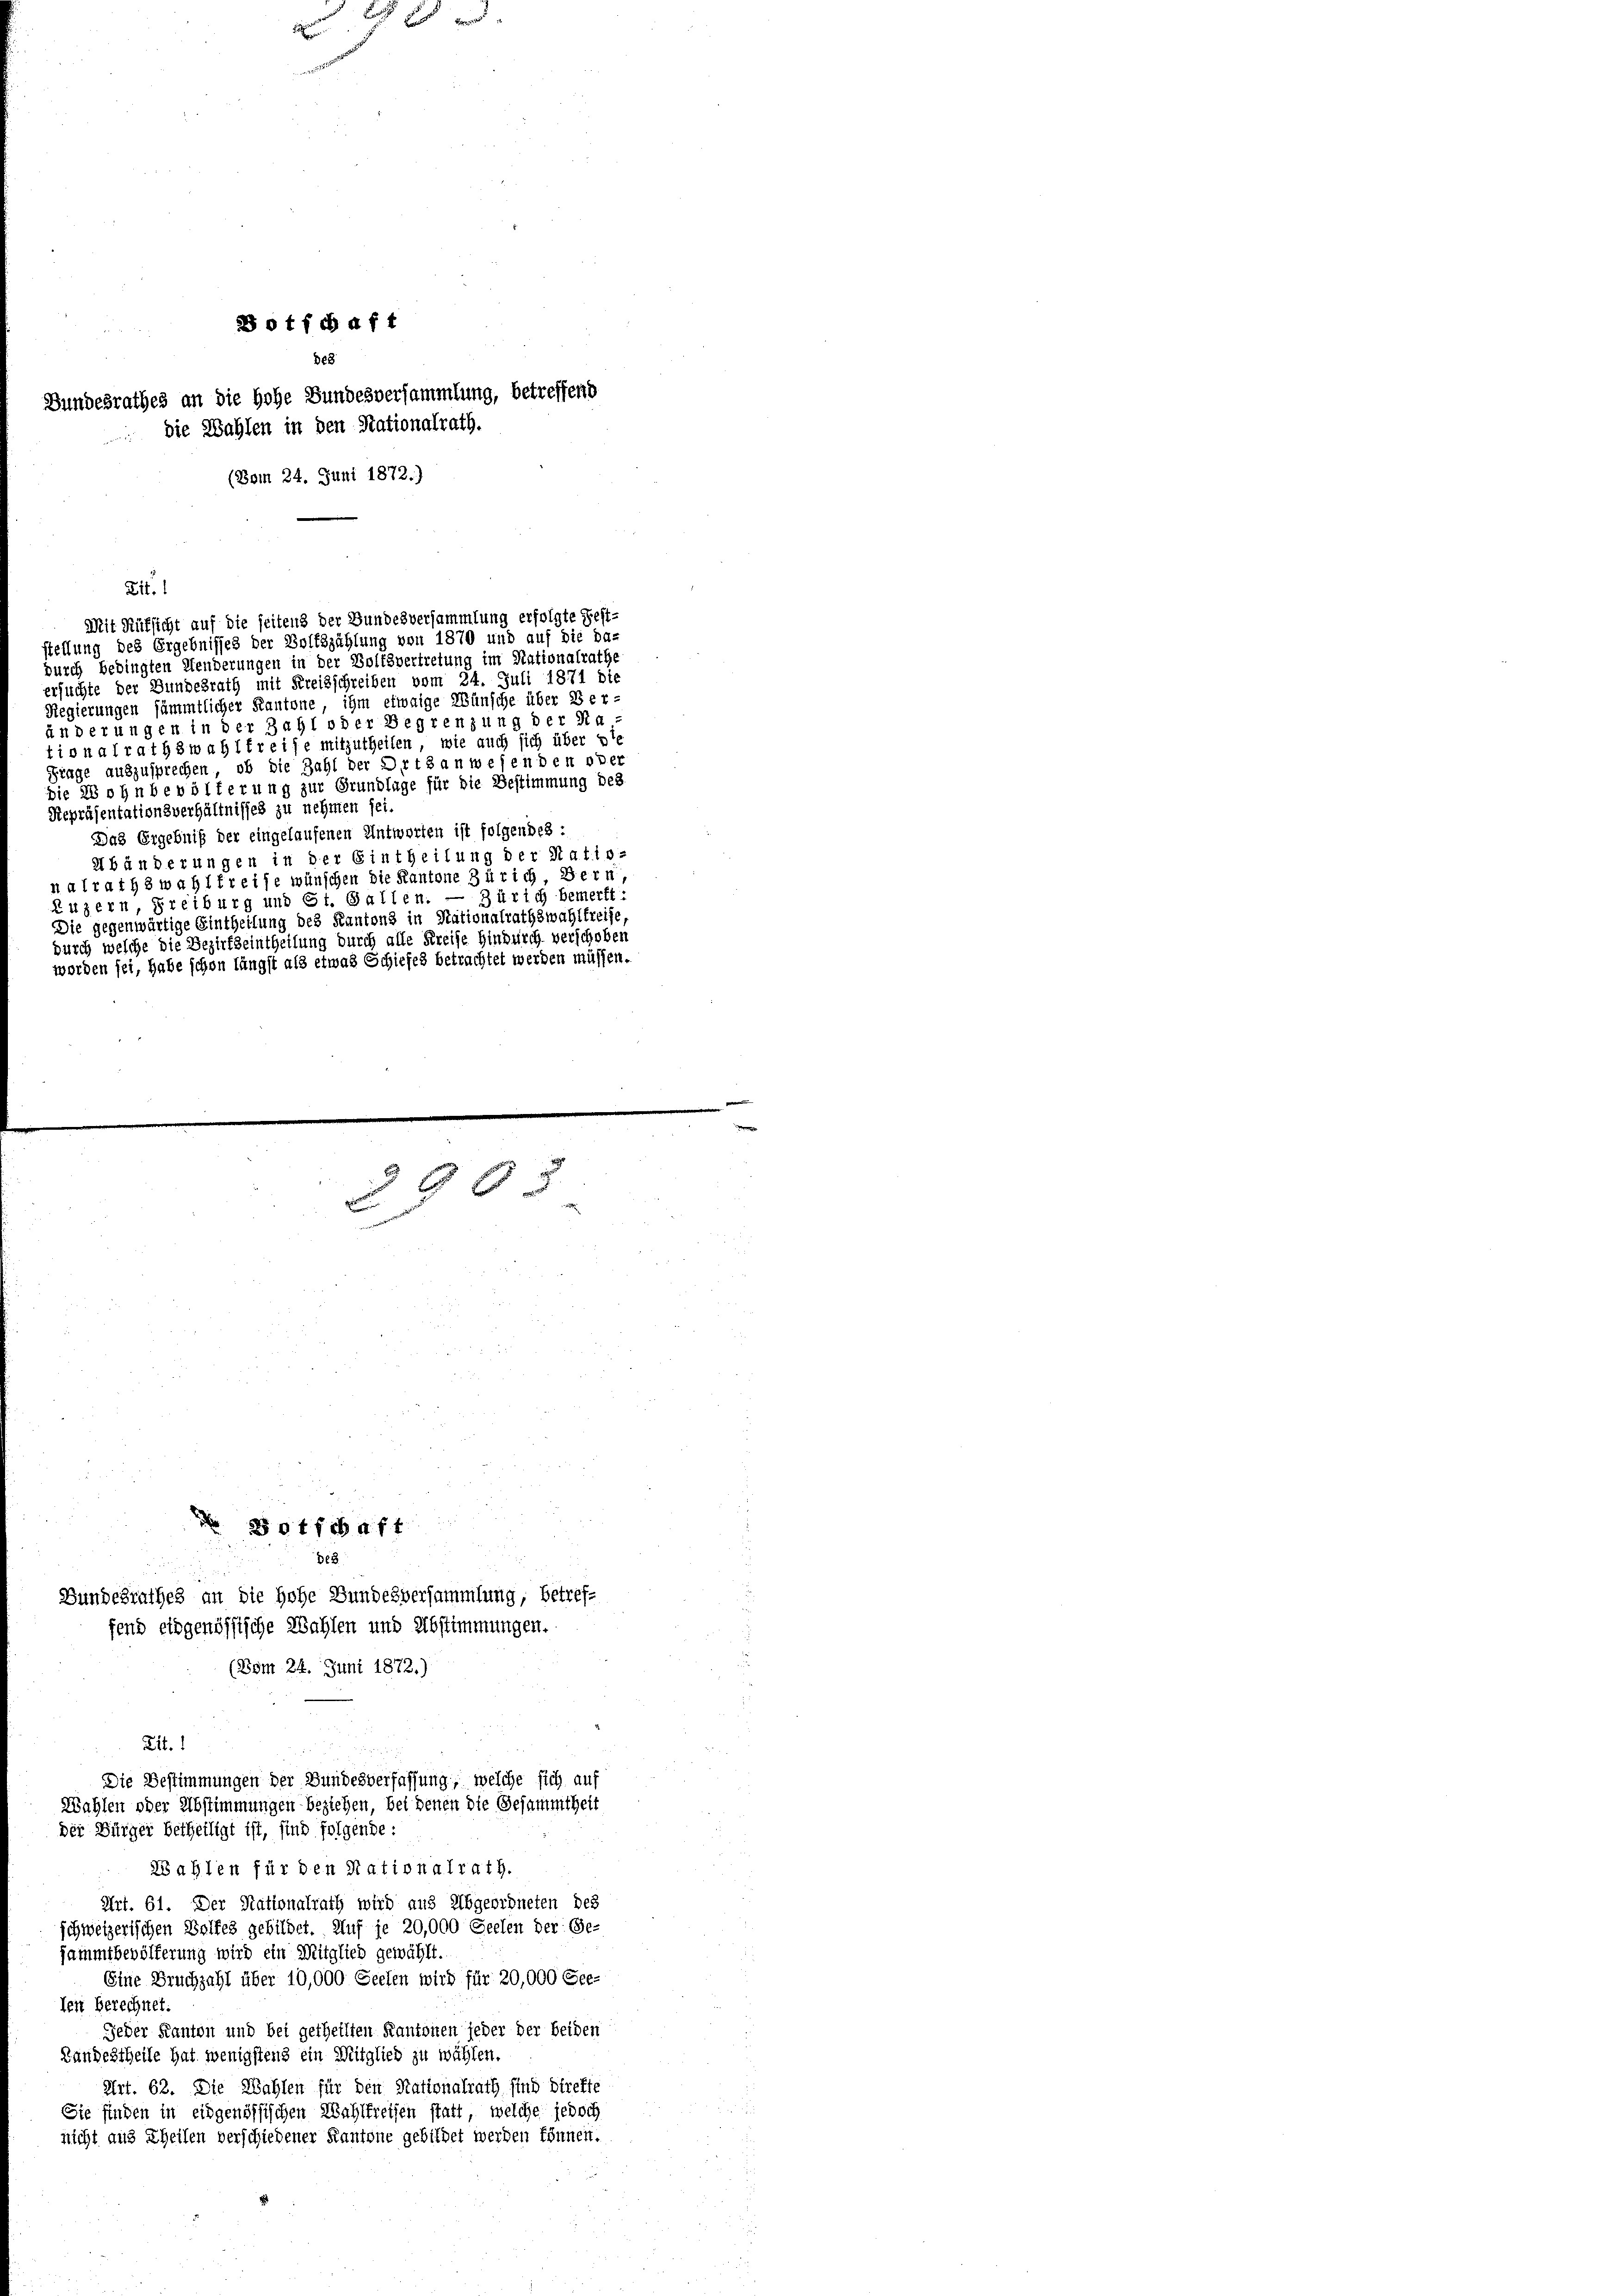
20 t fchaft
828
undesrathes an die Hohe Bundesversammlung, betreffend
die Wahlen in den Stationalrath.
(Bom 24. Juni 1872.)

Lit.
durch bedingten Menderungen in der Boltsvertretung im Nationalrathe
ersuchte der Bundesrath mit Kreisschreiben vom 24. Juli 1871 die
Regierungen sämmtlicher Kantone, ihm etwaige Wünsche über Ber-
änderungen in der Zahl oder Begrenzung der Na-
tionalrathswahlkreise mitzutheilen, wie auch sich über ste
Frage auszusprechen, ob die Zahl der Ortsanwesenden oder
die ab ohn bevölkerung zur Grundlage für die Bestimmung des
Repräsentationsverhältnisses zu nehmen sei.
Das Ergebniß der eingelaufenen Antworten ist folgendes:
Abänderungen in der Eintheilung der Natio-
nalrathswahlkreise wünschen die Kantone Zürich, Bern,
Ruzern, Freiburg und St. Gallen. — Zürich bemerkt:
Die gegenwärtige Eintheilung des Kantons in Nationalrathswahlfreise,
durch welche die Bezirkseintheilung durch alle Kreise hindurch verschoben
worden sei, habe schon längst als etwas Schiefes betrachtet werden müssen.

20t fchaft
De3
Bundesrathes an die Hohe Bundesversammlung, betreffend eidgenössische Wahlen und Abstimmungen.
(Bom 24. Juni 1872.)

x

Mit Aufsicht auf die seitens der Bundesversammlung erfolgte Fest-
stellung des Ergebnisses der Boltszählung von 1870 und auf die da-

96.

Lit. 1
Die Bestimmungen der Bundesverfassung, welche sich auf
Wahlen oder Abstimmungen beziehen, bei denen die Gesammtheit
Der Bürger betheiligt ist, sind folgende:

Wahlen für den Rationalrath.
Art. 61. Der Nationalrath wird aus Abgeordneten des
schweizerischen Bolles gebildet. Auf je 20,000 Seelen der Ge-
sammtbevölferung wird ein Mitglied gewählt.
Eine Bruchzahl über 10,000 Seelen wird für 20,000 Gee-
len Berechnet.
Jeder Kanton und bei getheilten Kantonen jeder der beiden
Bandestheile hat wenigstens ein Mitglied zu wählen.
Art. 62. Die Wahlen für den Rationalrath sind direkte
Sie finden in eidgenössischen Wahlkreisen statt, welche jedoch
nicht aus Theilen verschiedener Kantone gebildet werden können.